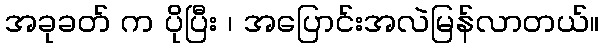
အခုခတ် က ပိုပြီး ၊ အပြောင်းအလဲမြန်လာတယ်။